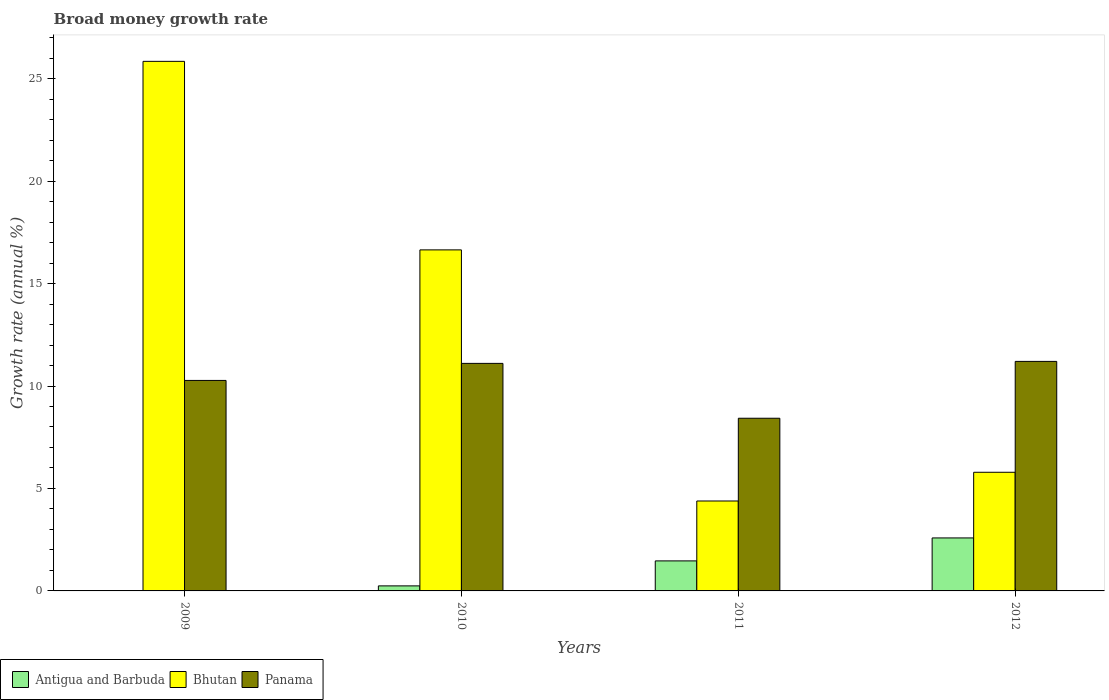
| Years | Antigua and Barbuda | Bhutan | Panama |
 | --- | --- | --- | --- |
 | 2009 | -9.79 | 25.8 | 10.3 |
 | 2010 | 0.246 | 16.6 | 11.1 |
 | 2011 | 1.47 | 4.39 | 8.43 |
 | 2012 | 2.59 | 5.79 | 11.2 |